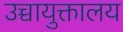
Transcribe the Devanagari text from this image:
उच्चायुक्तालय